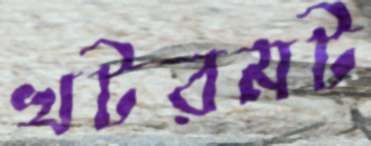
খটরমট